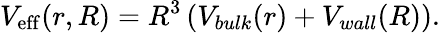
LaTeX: V_{\mathrm{eff}}(r,R)=R^{3}\left(V_{bulk}(r)+V_{wall}(R)\right).